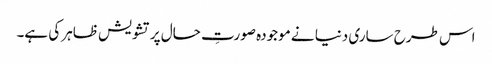
اس طرح ساری دنیا نے موجودہ صورتِ حال پر تشویش ظاہر کی ہے۔